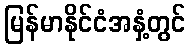
မြန်မာနိုင်ငံအနှံ့တွင်